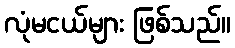
လုံမငယ်များ ဖြစ်သည်။